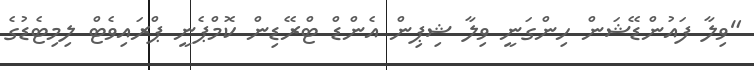
"ވިލާ ފައުންޑޭޝަން ހިންގަނީ ވިލާ ޝިޕިން އެންޑް ޓްރޭޑިން ކޮމްޕެނީ ޕްރައިވެޓް ލިމިޓެޑުގެ